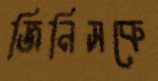
জিনিসকে